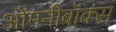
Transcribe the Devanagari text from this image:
ओमनीबॉक्स